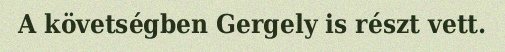
A követségben Gergely is részt vett.